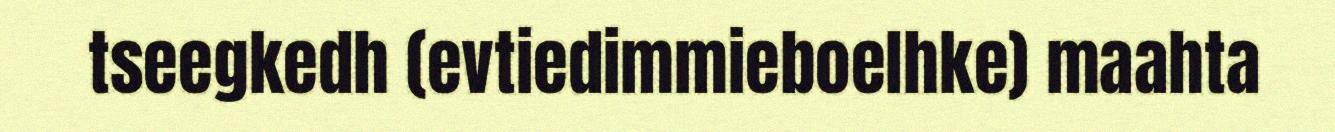
tseegkedh (evtiedimmieboelhke) maahta